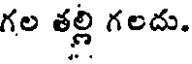
గల తల్లి గలదు.